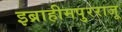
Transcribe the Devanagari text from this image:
इब्राहीमपुरराजू